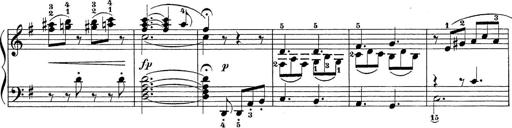
Title: Sonatina Album
Composer: Louis KÃ¶hler